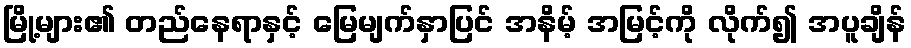
မြို့များ၏ တည်နေရာနှင့် မြေမျက်နှာပြင် အနိမ့် အမြင့်ကို လိုက်၍ အပူချိန်